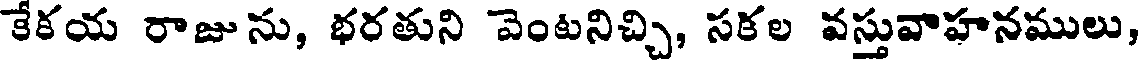
కేకయ రాజును, భరతుని వెంటనిచ్చి, సకల వస్తువాహనములు,